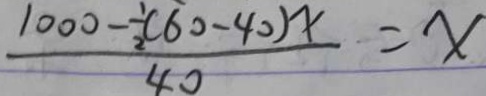
\frac { 1 0 0 0 - \frac { 1 } { 2 } ( 6 0 - 4 0 ) x } { 4 0 } = x